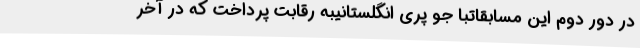
در دور دوم این مسابقاتبا جو پری انگلستانیبه رقابت پرداخت که در آخر